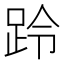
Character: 跉